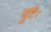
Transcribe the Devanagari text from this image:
व्रुष्टेः